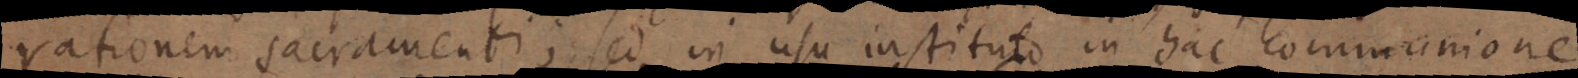
rationem sacramenti; sed in usu instituto in hac communione